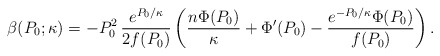
\begin{align*} \beta(P_0;\kappa) = -P_0^2\, \frac{e^{P_0/\kappa}}{2f(P_0)} \left(\frac{n \Phi(P_0)}{\kappa } + \Phi'(P_0) -\frac{e^{-P_0/\kappa} \Phi(P_0) }{ f(P_0)}\right).\end{align*}